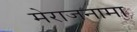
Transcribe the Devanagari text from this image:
मेराजनामा